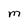
Character: M